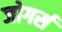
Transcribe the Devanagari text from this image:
जोगर्स